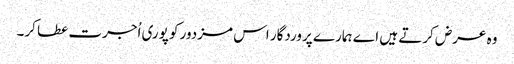
وہ عرض کرتے ہیں اے ہمارے پروردگار اس مزدور کو پوری اُجرت عطا کر۔